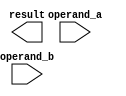
module single_precision_fpu (
    input [31:0] operand_a,
    input [31:0] operand_b,
    output reg [31:0] result
);

// Define IEEE single precision floating point parameters
parameter EXPONENT_SIZE = 8;
parameter MANTISSA_SIZE = 23;
parameter BIAS = 127;

// Extract sign, exponent, and mantissa from operands
reg sign_a, sign_b;
reg [EXPONENT_SIZE-1:0] exponent_a, exponent_b;
reg [MANTISSA_SIZE-1:0] mantissa_a, mantissa_b;

assign sign_a = operand_a[31];
assign sign_b = operand_b[31];
assign exponent_a = operand_a[30:23];
assign exponent_b = operand_b[30:23];
assign mantissa_a = operand_a[22:0];
assign mantissa_b = operand_b[22:0];

// Add, subtract, multiply, or divide based on opcode
// Code for arithmetic operations goes here

endmodule